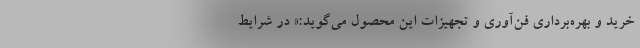
خرید و بهره‌برداری فن‌آوری و تجهیزات این محصول می‌گوید:« در شرایط